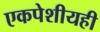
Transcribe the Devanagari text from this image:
एकपेशीयही